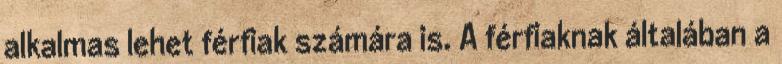
alkalmas lehet férfiak számára is. A férfiaknak általában a